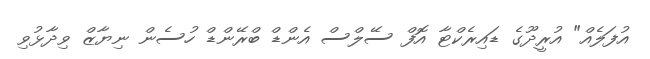
އުފަލެއް" އުރީދޫގެ ޑައިރެކްޓާ އޮފް ސޭލްސް އެންޑް ބްރޭންޑް ހުސެން ނިޔާޒް ވިދާޅުވި